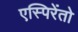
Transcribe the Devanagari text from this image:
एस्पिरेंतो